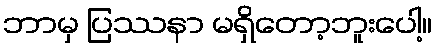
ဘာမှ ပြဿနာ မရှိတော့ဘူးပေါ့။